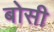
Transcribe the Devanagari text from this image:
बोसी